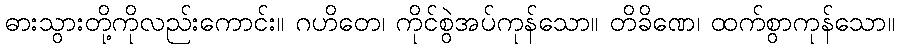
ဓားသွားတို့ကိုလည်းကောင်း။ ဂဟိတေ၊ ကိုင်စွဲအပ်ကုန်သော။ တိခိဏေ၊ ထက်စွာကုန်သော။